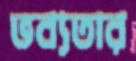
ভব্যতার